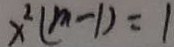
x ^ { 2 } ( m - 1 ) = 1